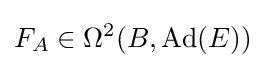
F_{A}\in \Omega ^{2}(B,\operatorname {Ad} (E))